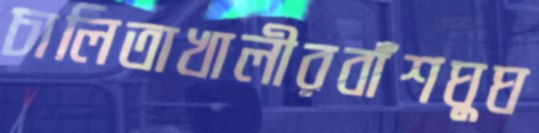
চালিতাখালীরবাঁশঘুঘ